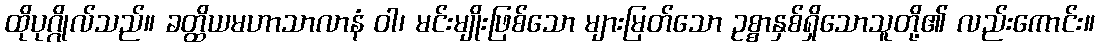
ထိုပုဂ္ဂိုလ်သည်။ ခတ္ထိယမဟာသာလာနံ ဝါ၊ မင်းမျိုးဖြစ်သော များမြတ်သော ဥစ္စာနှစ်ရှိသောသူတို့၏ လည်းကောင်း။